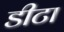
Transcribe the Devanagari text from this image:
डीटा